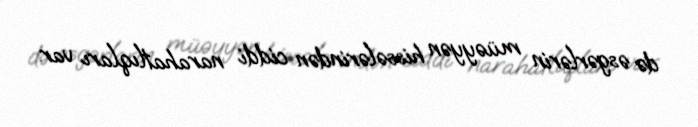
də əsgərlərin müəyyən hissələrindən ciddi narahatlıqları var.